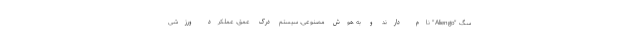
سگ "Aliengo" نام دارند و به هوش مصنوعی، سیستم درک عمق، عملکرد ورزشی